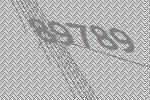
89789